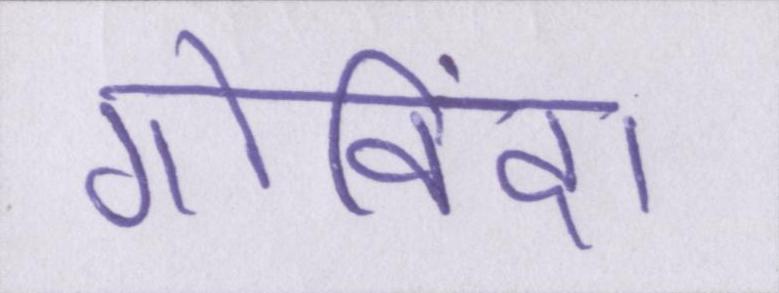
गोविंदा